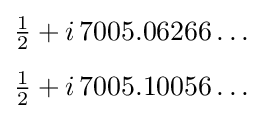
{\begin{aligned}&{\tfrac {1}{2}}+i\,7005.06266\dots \\[4pt]&{\tfrac {1}{2}}+i\,7005.10056\dots \end{aligned}}